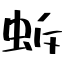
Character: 蚸